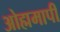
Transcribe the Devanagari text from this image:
ओह्ममापी